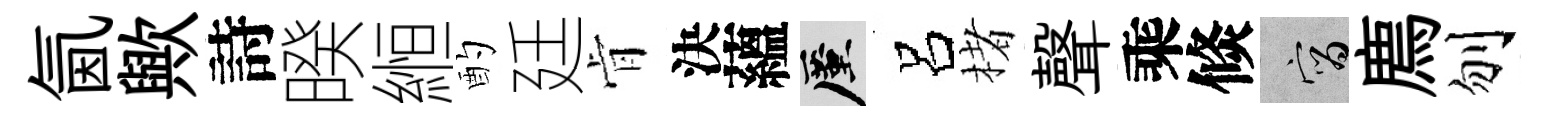
氤歟詩暌縆酌廷肻決蘊厪呂楮聲乘倐宵廌刎